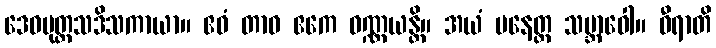
ဒေဝပုတ္တသဒိသကာယာ။ ဧဝံ တာဝ ဧကေ ဝဏ္ဏယန္တိ။ အယံ ပနေတ္ထ သဗ္ဘာဝေါ။ ဝီရာတိ